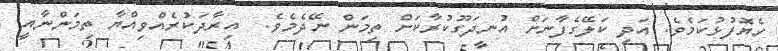
ހެޔޮފުޅުކަމެވެ. އަދި ކަލޭގެފާނަށް އުނދަގޫކުރާކަށް ތިމަން ނޭދެމެވެ.  އިރާދަކުރެއްވިއްޔާ ތިމަންނާއީ